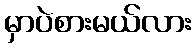
မှာပဲစားမယ်လား